Indian journal of veterinary science and animal husbandry - Volumes 18-21, 1948-1951
Year: 1948
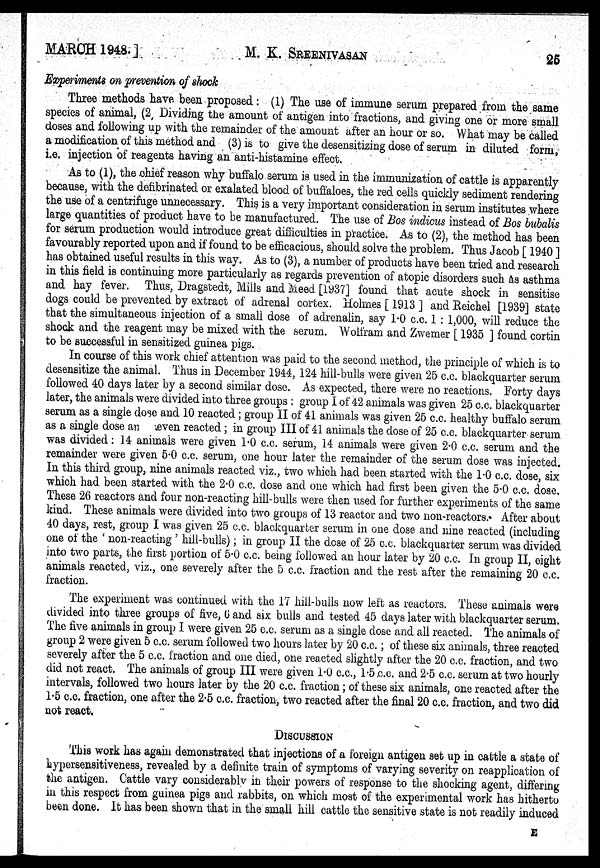
MARCH 1948.]
M. K.
SREENIVASAN
25
Experiments on prevention of shock
Three methods have been proposed : (1) The use of immune serum prepared from the same
species of animal, (2 Dividing the amount of antigen into fractions, and giving one or more small
doses and following up with the remainder of the amount after an hour or so. What may be called
a modification of this method and (3) is to give the desensitizing dose of serum in diluted form,
i.e. injection of reagents having an anti-histamine effect.
As to (1), the chief reason why buffalo serum is used in the immunization of cattle is apparently
because, with the defibrinated or exalated blood of buffaloes, the red cells quickly sediment rendering
the use of a centrifuge unnecessary. This is a very important consideration in serum institutes where
large quantities of product have to be manufactured. The use of Bos indicus instead of Bos bubalis
for serum production would introduce great difficulties in practice. As to (2), the method has been
favourably reported upon and if found to be efficacious, should solve the problem. Thus Jacob [ 1940 ]
has obtained useful results in this way. As to (3), a number of products have been tried and research
in this field is continuing more particularly as regards prevention of atopic disorders such as asthma
and hay fever. Thus, Dragstedt, Mills and Meed [1937] found that acute shock in sensitise
dogs could be prevented by extract of adrenal cortex. Holmes [ 1913 ] and Reichel [1939] state
that the simultaneous injection of a small dose of adrenalin, say 1.0 c.c. 1 : 1,000, will reduce the
shock and the reagent may be mixed with the serum. Wolfram and Zwemer [ 1935 ] found cortin
to be successful in sensitized guinea pigs.
In course of this work chief attention was paid to the second method, the principle of which is to
desensitize the animal. Thus in December 1944, 124 hill-bulls were given 25 c.c. blackquarter serum
followed 40 days later by a second similar dose. As expected, there were no reactions. Forty days
later, the animals were divided into three groups : group I of 42 animals was given 25 c.c. blackquarter
serum as a single dose and 10 reacted ; group II of 41 animals was given 25 c.c. healthy buffalo serum
as a single dose an even reacted ; in group III of 41 animals the dose of 25 c.c. blackquarter serum
was divided: 14 animals were given 1.0 c.c. serum, 14 animals were given 2.0 c.c. serum and the
remainder were given 5.0 c.c. serum, one hour later the remainder of the serum dose was injected.
In this third group, nine animals reacted viz., two which had been started with the 1.0 c.c. dose, six
which had been started with the 2.0 c.c. dose and one which had first been given the 5.0 c.c. dose.
These 26 reactors and four non-reacting hill-bulls were then used for further experiments of the same
kind. These animals were divided into two groups of 13 reactor and two non-reactors. After about
40 days, rest, group I was given 25 c.c. blackquarter serum in one dose and nine reacted (including
one of the ' non-reacting ' hill-bulls); in group II the dose of 25 c.c. blackquarter serum was divided
into two parts, the first portion of 5.0 c.c. being followed an hour later by 20 c.c. In group II, eight
animals reacted, viz., one severely after the 5 c.c. fraction and the rest after the remaining 20 c.c.
fraction.
The experiment was continued with the 17 hill-bulls now left as reactors. These animals were
divided into three groups of five, 6 and six bulls and tested 45 days later with blackquarter serum.
The five animals in group I were given 25 c.c. serum as a single dose and all reacted. The animals of
group 2 were given 5 c.c. serum followed two hours later by 20 c.c.; of these six animals, three reacted
severely after the 5 c.c. fraction and one died, one reacted slightly after the 20 c.c. fraction, and two
did not react. The animals of group III were given 1.0 c.c., 1.5 c.c. and 2.5 c.c. serum at two hourly
intervals, followed two hours later by the 20 c.c. fraction; of these six animals, one reacted after the
1.5 c.c. fraction, one after the 2.5 c.c. fraction, two reacted after the final 20 c.c. fraction, and two did
not react.
DISCUSSION
This work has again demonstrated that injections of a foreign antigen set up in cattle a state of
hypersensitiveness, revealed by a definite train of symptoms of varying severity on reapplication of
the antigen. Cattle vary considerably in their powers of response to the shocking agent, differing
in this respect from guinea pigs and rabbits, on which most of the experimental work has hitherto
been done. It has been shown that in the small hill cattle the sensitive state is not readily induced
E